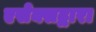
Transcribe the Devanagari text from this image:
एसेक्सद्वारा